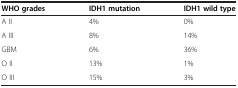
<table><thead><tr><td><b>WHO grades</b></td><td><b>IDH1 mutation</b></td><td><b>IDH1 wild type</b></td></tr></thead><tbody><tr><td>A II</td><td>4%</td><td>0%</td></tr><tr><td>A III</td><td>8%</td><td>14%</td></tr><tr><td>GBM</td><td>6%</td><td>36%</td></tr><tr><td>O II</td><td>13%</td><td>1%</td></tr><tr><td>O III</td><td>15%</td><td>3%</td></tr></tbody></table>